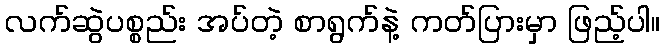
လက်ဆွဲပစ္စည်း အပ်တဲ့ စာရွက်နဲ့ ကတ်ပြားမှာ ဖြည့်ပါ။